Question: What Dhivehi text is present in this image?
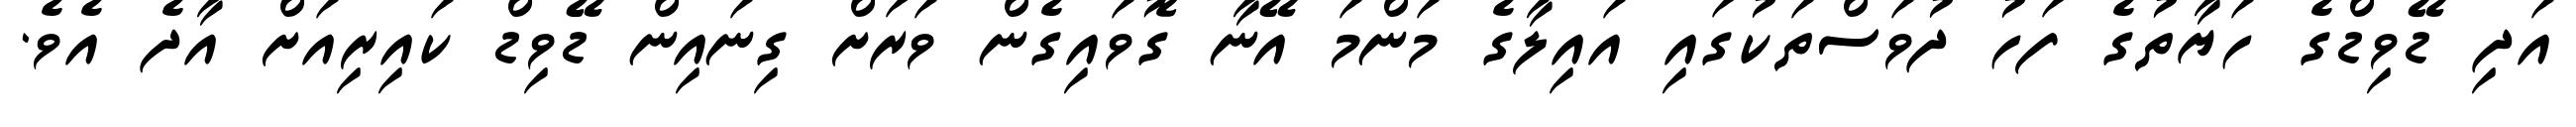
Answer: އަދި ޑޭވިޑްގެ ހަޔާތުގެ ފަހު ދުވަސްތަކުގައި އައިލާގެ މަންމަ އޭނާ ގޮވައިގެން ވަރަށް ގިނައިން ޑޭވިޑް ކައިރިއަށް އާދެ އެވެ.